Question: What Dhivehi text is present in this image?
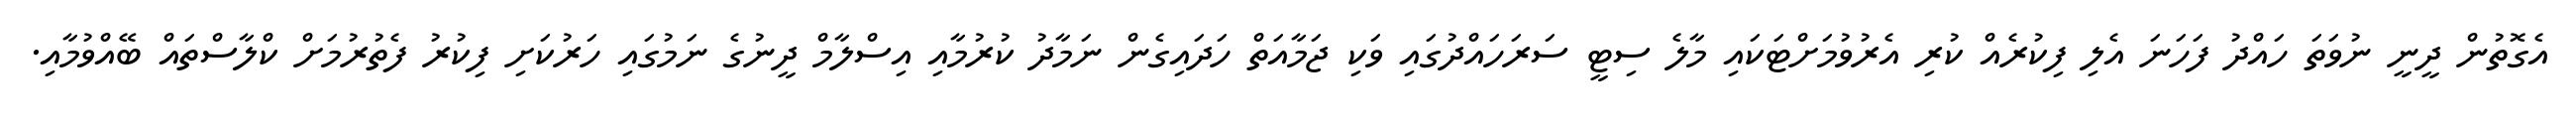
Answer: އެގޮތުން ދީނީ ނުވަތަ ހައްދު ފަހަނަ އެލި ފިކުރެއް ކުރި އެރުވުމަށްޓަކައި މާލެ ސިޓީ ސަރަހައްދުގައި ވަކި ޖަމާއަތް ހަދައިގެން ނަމާދު ކުރުމާއި އިސްލާމް ދީނުގެ ނަމުގައި ހަރުކަށި ފިކުރު ފެތުރުމަށް ކްލާސްތައް ބޭއްވުމާއި.